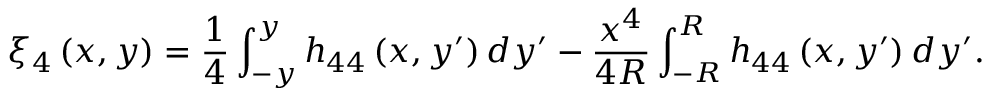
\xi _ { 4 } \left( x , y \right) = \frac { 1 } { 4 } \int _ { - y } ^ { y } h _ { 4 4 } \left( x , y ^ { \prime } \right) d y ^ { \prime } - \frac { x ^ { 4 } } { 4 R } \int _ { - R } ^ { R } h _ { 4 4 } \left( x , y ^ { \prime } \right) d y ^ { \prime } .